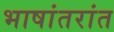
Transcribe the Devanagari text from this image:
भाषांतरांत